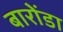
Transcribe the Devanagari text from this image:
बारोंडा